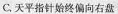
C.天平指针始终偏向右盘